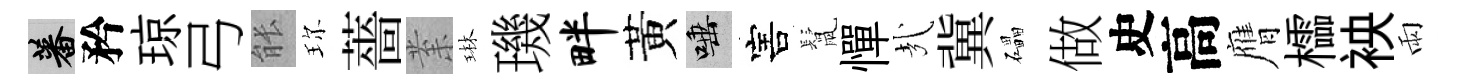
蕃矜琼弓䏻珎薔𭪙琳璣畔黃唾害鬛憚㢤冀礧做史高膺櫺䘧雨